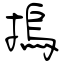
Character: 摀